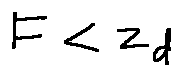
F < z _ { d }